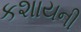
કશાયની